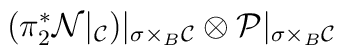
(\pi_{2}^{*} {\cal N}|_{{\cal{C}}})|_{\sigma \times_{B} {\cal{C}}} \otimes{\cal{P}}|_{\sigma \times_{B} {\cal{C}}}